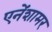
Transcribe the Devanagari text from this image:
एनेंशामर